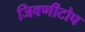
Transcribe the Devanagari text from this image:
जिवणीटोप